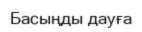
Басыңды дауға